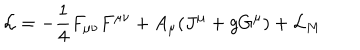
LaTeX: { \cal L } = - \frac { 1 } { 4 } F _ { \mu \nu } F ^ { \mu \nu } + A _ { \mu } ( J ^ { \mu } + g G ^ { \mu } ) + { \cal L } _ { M }